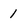
Character: 1